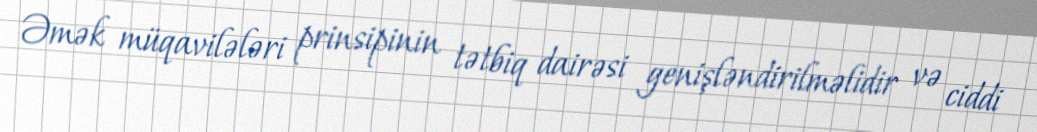
Əmək müqavilələri prinsipinin tətbiq dairəsi genişləndirilməlidir və ciddi